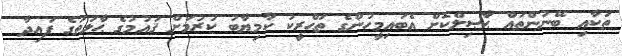
ތަކާއި ބޭނުންތައް ޙާޞިލްކޮށް އެބައިމީހުންގެ ތަޙްރީކު ކާމިޔާބު ކުރުމަށް ޤައުމުގެ ޙާލަތުގެ ފައިދާ